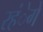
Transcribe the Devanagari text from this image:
रहंेगे